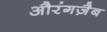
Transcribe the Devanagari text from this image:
औरंगज़ैब